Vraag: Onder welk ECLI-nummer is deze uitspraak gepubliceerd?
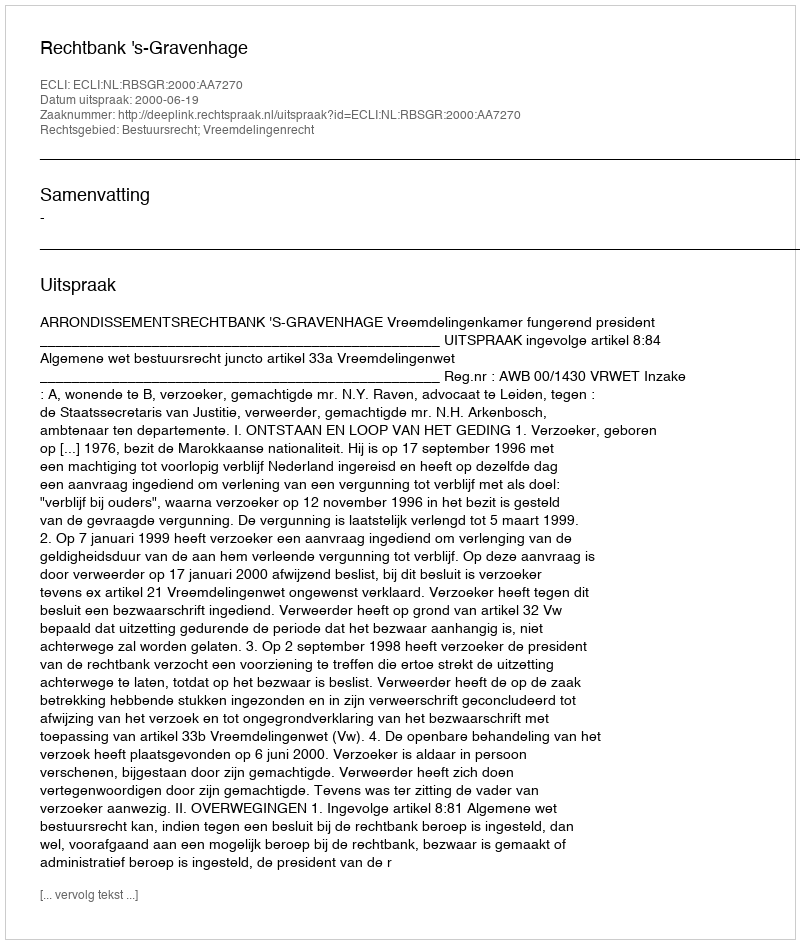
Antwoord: ECLI:NL:RBSGR:2000:AA7270